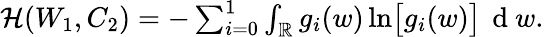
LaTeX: \begin{array}{r}{\mathcal{H}(W_{1},C_{2})=-\sum_{i=0}^{1}\int_{\mathbb{R}}g_{i}(w)\ln\bigl[g_{i}(w)\bigr]\, \mathrm{~d~}w.}\end{array}